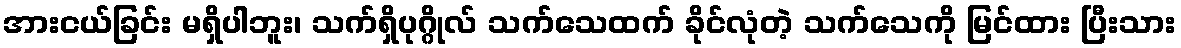
အားငယ်ခြင်း မရှိပါဘူး၊ သက်ရှိပုဂ္ဂိုလ် သက်သေထက် ခိုင်လုံတဲ့ သက်သေကို မြင်ထား ပြီးသား